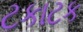
ટકાટક